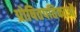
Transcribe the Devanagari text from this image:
प्रोषितपतिकाओं